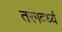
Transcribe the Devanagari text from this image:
तरंगदर्ध्य